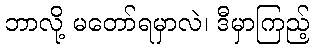
ဘာလို့ မတော်ရမှာလဲ၊ ဒီမှာကြည့်